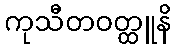
ကုသီတဝတ္ထူနိ